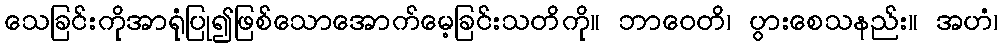
သေခြင်းကိုအာရုံပြု၍ဖြစ်သောအောက်မေ့ခြင်းသတိကို။ ဘာဝေတိ၊ ပွားစေသနည်း။ အဟံ၊